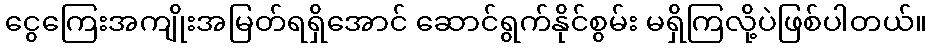
ငွေကြေးအကျိုးအမြတ်ရရှိအောင် ဆောင်ရွက်နိုင်စွမ်း မရှိကြလို့ပဲဖြစ်ပါတယ်။